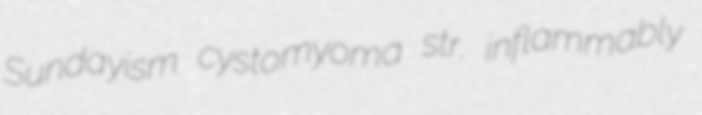
Sundayism cystomyoma str. inflammably